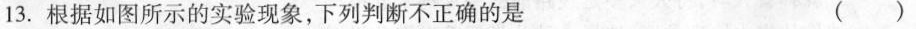
13.根据如图所示的实验现象，下列判断不正确的是 ()